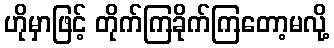
ဟိုမှာဖြင့် တိုက်ကြခိုက်ကြတော့မလို့